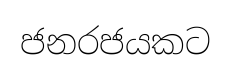
ජනරජයකට